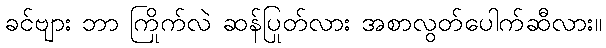
ခင်ဗျား ဘာ ကြိုက်လဲ ဆန်ပြုတ်လား အစာလွတ်ပေါက်ဆီလား။